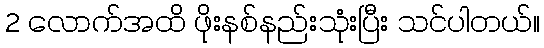
2 လောက်အထိ ဖိုးနစ်နည်းသုံးပြီး သင်ပါတယ်။